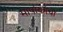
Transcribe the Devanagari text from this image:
मापांकांचा